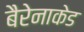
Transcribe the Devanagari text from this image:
बैरेनाकेड